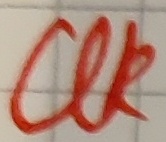
Text: UK